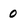
Character: 0